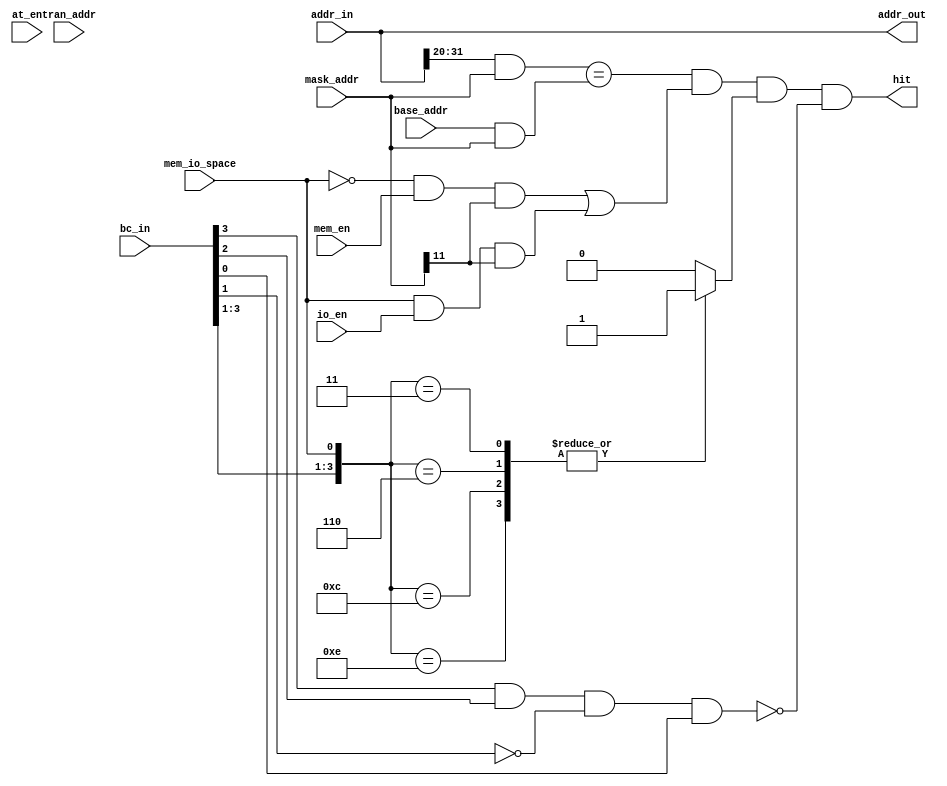
module pci_pci_decoder (hit, addr_out, 
					addr_in, bc_in,
					base_addr, mask_addr, tran_addr, at_en, 
					mem_io_space, mem_en, io_en) ;

// Decoding address size parameter - for FPGAs 1MegByte is recommended
//   MAXIMUM is 20 (4KBytes), length 12 is 1 MByte !!!
parameter		decode_len     = 12 ;

//###########################################################################################################
// ALL COMMENTS are written as there were decode_len 20. This number and 12 (32 - 20) are assigning the
// numbers of decoded and compared bits, etc.
//###########################################################################################################

/*-----------------------------------------------------------------------------------------------------------
DECODER interface decodes input address (ADDR_IN); what means that it validates (HIT), if input address
falls within the defined image space boundaries. Image space boundarie is defined with image base address
register (BASE_ADDR) and address mask register (MASK_ADDR).
Beside that, it also translates (maps) the input address to the output address (ADDR_OUT), regarding the
translation address register (TRAN_ADDR) and the address mask register.
-----------------------------------------------------------------------------------------------------------*/

// output control
output	hit ;
// output address
output	[31:0]	addr_out ;
// input address and bus command
input	[31:0]	addr_in ;
input	[3:0]	bc_in ;

// input registers - 12 LSbits are not valid since the smallest possible size is 4KB !
input	[31:(32-decode_len)]	base_addr ;
input	[31:(32-decode_len)]	mask_addr ;
input	[31:(32-decode_len)]	tran_addr ;

// input bit[2] of the Image Control register used to enable the address translation !
input	at_en ;

// memory or io space selection and its enable signals !
input	mem_io_space ;
input	mem_en ;
input	io_en ;

/*-----------------------------------------------------------------------------------------------------------
Internal signals !
-----------------------------------------------------------------------------------------------------------*/

// bit[31] if address mask register is IMAGE ENABLE bit (img_en)
wire	img_en ;

// addr_in_compare are masked input address bits that are compared with masked base_addr
wire	[31:(32-decode_len)]	addr_in_compare ;
// base_addr_compare are masked base address bits that are compared with masked addr_in
wire	[31:(32-decode_len)]	base_addr_compare ;

/*-----------------------------------------------------------------------------------------------------------
Decoding the input address!
This logic produces the loghest path in this module!

20 MSbits of input addres are as well as base address (20 bits) masked with corrected address mask. Only
masked bits of each vector are actually logically compared.
Bit[31] of address mask register is used to enable the image space !
Because of PCI bus specifications, there is also the comparison of memory/io selection (mem_io_space) and
its appropriate enable bit (mem_en / io_en).
-----------------------------------------------------------------------------------------------------------*/

assign	addr_in_compare = (addr_in[31:(32-decode_len)] & mask_addr) ;

assign	base_addr_compare = (base_addr & mask_addr) ;

assign	img_en = mask_addr[31] ;

wire	addr_hit = (addr_in_compare == base_addr_compare) ;

wire	space_hit = (!mem_io_space && mem_en && img_en) || (mem_io_space && io_en && img_en) ;

reg		bc_hit ;
always@(bc_in or mem_io_space)
begin // Allowed bus commands for accesses through IMAGEs to WB bus - BC_CONF_WRITE/READ are not used with address claim!!!
	case ( {bc_in[3:1], mem_io_space} )
	4'b001_1,	// BC_IO_READ	  or BC_IO_WRITE		and IO space
	4'b011_0,	// BC_MEM_READ	  or BC_MEM_WRITE		and MEM space
	4'b110_0,	// BC_MEM_READ_MUL						and MEM space - BC_DUAL_ADDR_CYC must NOT be allowed!
	4'b111_0:	// BC_MEM_READ_LN or BC_MEM_WRITE_INVAL	and MEM space
		bc_hit <= 1'b1 ;
	default:
		bc_hit <= 1'b0 ;
	endcase
end

wire	bc_forbid = bc_in[3] && bc_in[2] && !bc_in[1] && bc_in[0] ; // BC_DUAL_ADDR_CYC must NOT be allowed!


assign	hit = (addr_hit && space_hit && bc_hit && !bc_forbid) ;

/*-----------------------------------------------------------------------------------------------------------
Translating the input address!

Translation of input address is not implemented if ADDR_TRAN_IMPL is not defined

20 MSbits of input address are masked with negated value of the corrected address mask in order to get
address bits of the input address which won't be replaced with translation address bits.
Translation address bits (20 bits) are masked with corrected address mask. Only masked bits of vector are
actually valid, all others are zero.
Boath vectors are bit-wise ORed in order to get the valid translation address with an offset of an input
address.
12 LSbits of an input address are assigned to 12 LSbits of an output addres.
-----------------------------------------------------------------------------------------------------------*/

`ifdef ADDR_TRAN_IMPL
    // if Address Translation Enable bit is set, then translation address is used othervise input address is used!
    // addr_in_combine input address bits are not replaced with translation address!
    wire	[31:(32-decode_len)] addr_in_combine ;
    // tran_addr_combine are masked and combined with addr_in_combine!
    reg		[31:(32-decode_len)] tran_addr_combine ;

    assign addr_in_combine = (addr_in[31:(32-decode_len)] & ~mask_addr) ;
    always@(at_en or tran_addr or mask_addr or addr_in)
	begin
	    if (at_en)
			begin
				tran_addr_combine <= (tran_addr & mask_addr) ;
    		end
    	else
			begin
				tran_addr_combine <= (addr_in[31:(32-decode_len)] & mask_addr) ;
			end
	end

    assign addr_out[31:(32-decode_len)] = (addr_in_combine | tran_addr_combine) ;
    assign addr_out[(31-decode_len):0] = addr_in [(31-decode_len):0] ;
`else
    assign addr_out = addr_in ;
`endif

endmodule